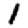
Digit: 1